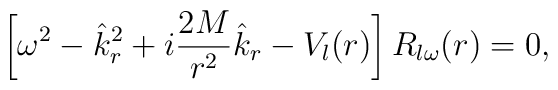
\left[\omega^2-\hat k_r^2+i{2M\over r^2}\hat k_r-V_l(r)\right]R_{l\omega}(r)=0,